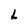
Character: L